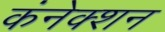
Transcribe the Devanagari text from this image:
कंनेक्शन